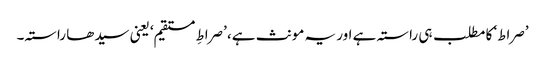
’صراط‘ کا مطلب ہی راستہ ہے اور یہ مونث ہے، ’صراطِ مستقیم‘ یعنی سیدھا راستہ۔